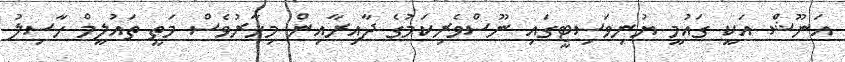
އަނޫޝް އަކީ ގައުމީ ޔުނިވަސިޓީގައި ނޫސްވެރިކަމުގެ ދާއިރާއިން މިހާރުވެސް މަތީ ތައުލީމް ހާސިލު